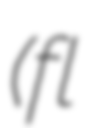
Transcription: (fl